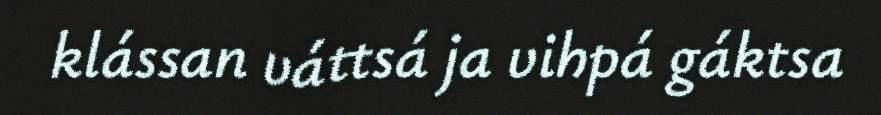
klássan váttsá ja vihpá gáktsa